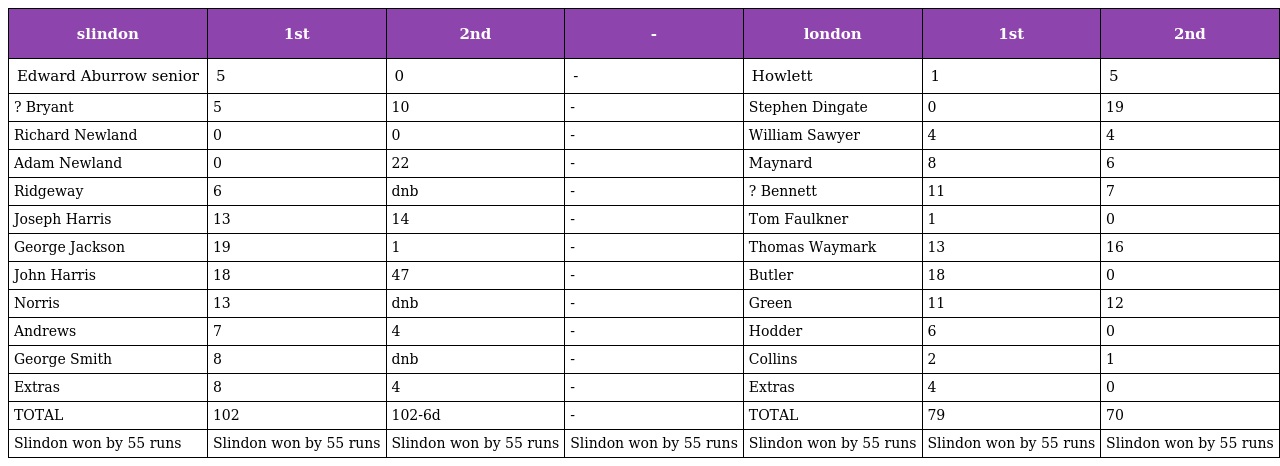
| slindon | 1st | 2nd | - | london | 1st | 2nd |
 | --- | --- | --- | --- | --- | --- | --- |
 | Edward Aburrow senior | 5 | 0 | - | Howlett | 1 | 5 |
 | ? Bryant | 5 | 10 | - | Stephen Dingate | 0 | 19 |
 | Richard Newland | 0 | 0 | - | William Sawyer | 4 | 4 |
 | Adam Newland | 0 | 22 | - | Maynard | 8 | 6 |
 | Ridgeway | 6 | dnb | - | ? Bennett | 11 | 7 |
 | Joseph Harris | 13 | 14 | - | Tom Faulkner | 1 | 0 |
 | George Jackson | 19 | 1 | - | Thomas Waymark | 13 | 16 |
 | John Harris | 18 | 47 | - | Butler | 18 | 0 |
 | Norris | 13 | dnb | - | Green | 11 | 12 |
 | Andrews | 7 | 4 | - | Hodder | 6 | 0 |
 | George Smith | 8 | dnb | - | Collins | 2 | 1 |
 | Extras | 8 | 4 | - | Extras | 4 | 0 |
 | TOTAL | 102 | 102-6d | - | TOTAL | 79 | 70 |
 | Slindon won by 55 runs | Slindon won by 55 runs | Slindon won by 55 runs | Slindon won by 55 runs | Slindon won by 55 runs | Slindon won by 55 runs | Slindon won by 55 runs |